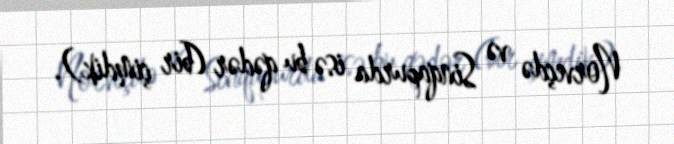
Norveçdə və Sinqapurda isə bu qədər (bir çimdik).